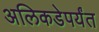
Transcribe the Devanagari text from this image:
अलिकडेपर्यंत